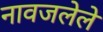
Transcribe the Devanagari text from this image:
नावजलेले